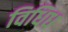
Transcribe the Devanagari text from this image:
विधिध